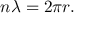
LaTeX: n \lambda = 2 \pi r .